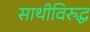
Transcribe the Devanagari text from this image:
साथीविरुद्ध